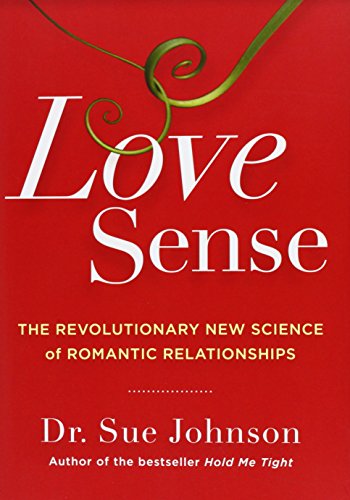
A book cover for Love Sense: The Revolutionary New Science of Romantic Relationships; Sue Johnson; Self-Help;